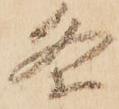
条